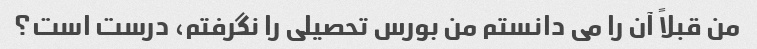
من قبلاً آن را می دانستم من بورس تحصیلی را نگرفتم، درست است؟